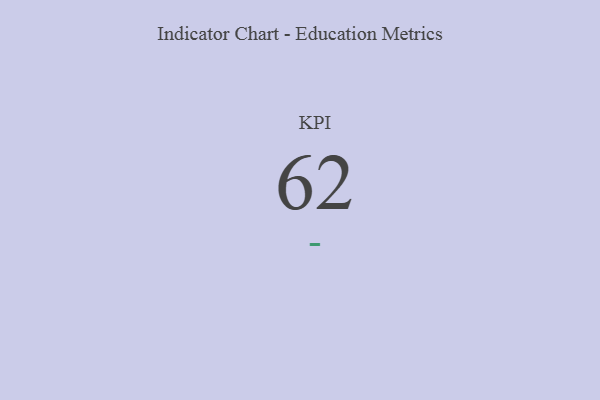
{"axis": {"x": "KPI", "y": "Value"}, "legend": [""], "data": [{"x": "KPI", "y": 62, "type": ""}]}